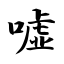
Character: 嘘